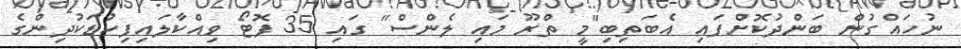
ނުހައްގުން ބަންދުކޮށްފައި އެބަތިބި"މީ ތްރޫ މައި ލެންސް" ގައި 35 ފޮޓޯ ވިއްކާލައިފިކުޑަކުދިންގެ